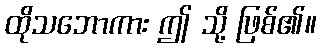
ထိုသဘောကား ဤ သို့ ဖြစ်၏။